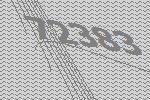
72383